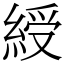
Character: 綬